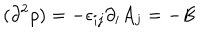
( \partial ^ { 2 } \rho ) = - \epsilon _ { i j } \partial _ { i } A _ { j } = - B